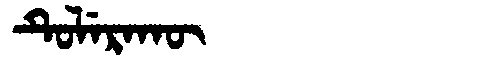
Manchu: ᡨᡠᠯᡝᡵᠠᡴᡡ
Romanization: TULERAKŪ